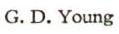
G. D. Young